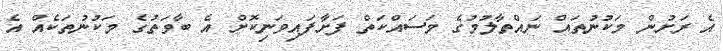
އެ ރަށުން މަކުނުތައް ނައްތާލުމުގެ މަސައްކަތް ފަށާފައިވަނިކޮށް އެ ބާވަތުގެ މަކުނުތަކެއް އެ